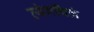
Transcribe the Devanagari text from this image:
व्यंगचित्रं